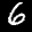
Label: 6